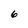
Character: 6